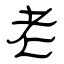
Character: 老